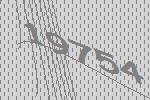
19754